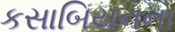
કસાબિયનના